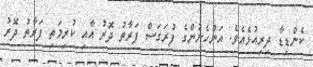
ކެންޑިޑާ ދިރިއުޅެއެވެ. އަންހެނުންގެ ފުރަގަސް ފަރާތު ދޮރު އާއި ކުރިމަތި ފަރާތު ދޮރު